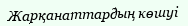
Жарқанаттардың көшуі